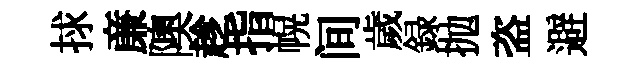
捄亷隩趁指幌间歲録抛盗避